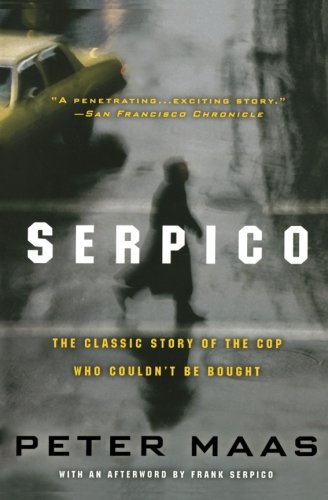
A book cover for Serpico; Peter Maas; Biographies & Memoirs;